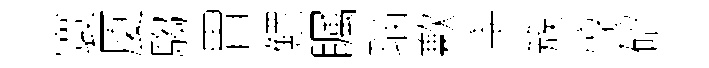
寰厦騶胃鰥瞩瑙歉宰簇惇碚